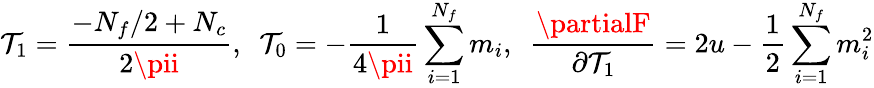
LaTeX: \mathcal{T}_{1}=\frac{{-N_{f}/2+N_{c}}}{{2\pii}},\ \ \mathcal{T}_{0}=-\frac{{1}}{{4\pii}}\sum_{i=1}^{N_{f}}m_{i},\ \ \frac{{\partialF}}{{\partial\mathcal{T}_{1}}}=2u-\frac{{1}}{{2}}\sum_{i=1}^{N_{f}}m_{i}^{2}